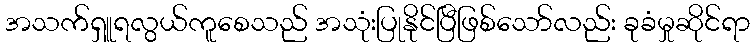
အသက်ရှူရလွယ်ကူစေသည် အသုံးပြုနိုင်ပြီဖြစ်သော်လည်း ခုခံမှုဆိုင်ရာ